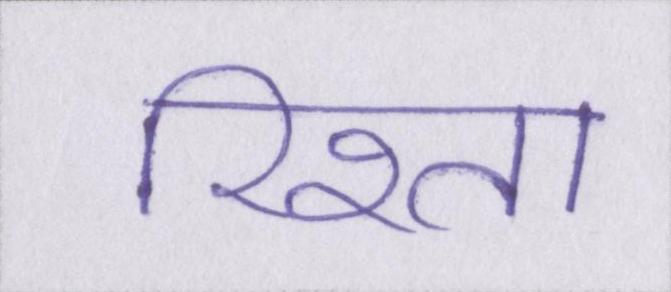
रिश्ता